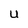
Character: U